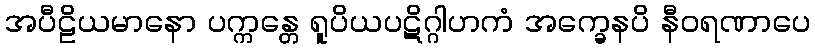
အပီဠိယမာနော ပက္ကန္တေ ရူပိယပဋိဂ္ဂါဟကံ အက္ခေနပိ နီဝရဏာပေ